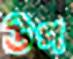
উপ